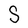
Character: S